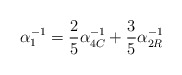
\begin{align*}\alpha_1^{-1} = \frac{2}{5} \alpha_{4C}^{-1} +\frac{3}{5} \alpha_{2R}^{-1}\end{align*}